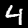
Label: 4